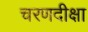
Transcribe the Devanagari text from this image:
चरणदीक्षा